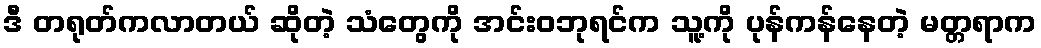
ဒီ တရုတ်ကလာတယ် ဆိုတဲ့ သံတွေကို အင်းဝဘုရင်က သူ့ကို ပုန်ကန်နေတဲ့ မတ္တရာက